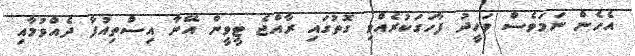
އެހެން ނަމަވެސް ވަހީދު ފާހަގަކުރެއްވި ގޮތުގައި ރާއްޖެ ޓީވީން އޭނާ އިސްތިއުފާ ދެއްވުމާއި